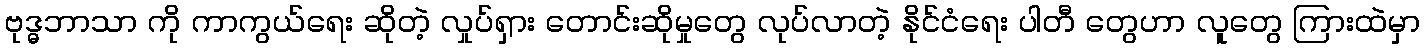
ဗုဒ္ဓဘာသာ ကို ကာကွယ်ရေး ဆိုတဲ့ လှုပ်ရှား တောင်းဆိုမှုတွေ လုပ်လာတဲ့ နိုင်ငံရေး ပါတီ တွေဟာ လူတွေ ကြားထဲမှာ